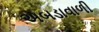
અબડાવાળી